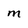
Character: M